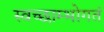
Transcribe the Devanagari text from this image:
स्वच्छाम्भोगतं